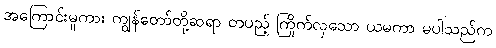
အကြောင်းမူကား ကျွန်တော်တို့ဆရာ တပည့် ကြိုက်လှသော ယမကာ မပါသည်က